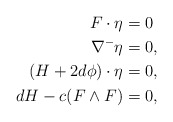
\begin{align*} F \cdot \eta &= 0\\ \nabla^- \eta &= 0,\\ (H + 2 d\phi)\cdot \eta & = 0,\\ dH - c(F \wedge F) & = 0, \end{align*}